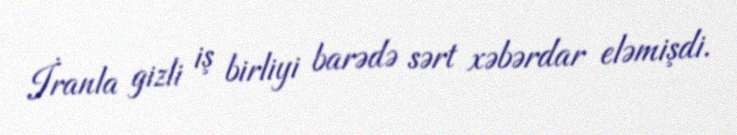
İranla gizli iş birliyi barədə sərt xəbərdar eləmişdi.